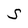
Character: S